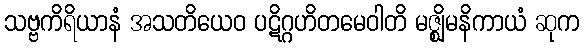
သဗ္ဗကိရိယာနံ အသတိယေဝ ပဋိဂ္ဂဟိတမေဝါတိ မဇ္ဈိမနိကာယံ ဆုက